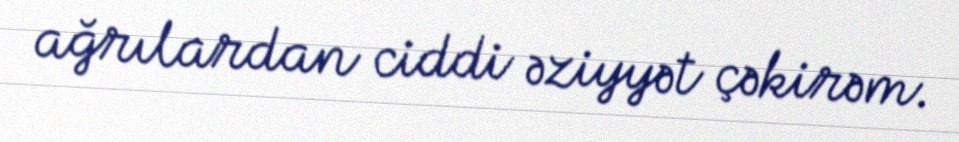
ağrılardan ciddi əziyyət çəkirəm.